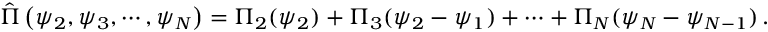
\hat { \Pi } \left( \psi _ { 2 } , \psi _ { 3 } , \cdots , \psi _ { N } \right) = \Pi _ { 2 } ( \psi _ { 2 } ) + \Pi _ { 3 } ( \psi _ { 2 } - \psi _ { 1 } ) + \cdots + \Pi _ { N } ( \psi _ { N } - \psi _ { N - 1 } ) \, .